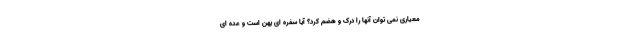
معیاری نمی توان آنها را درک و هضم کرد؟ آیا سفره ای پهن است و عده ای